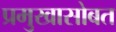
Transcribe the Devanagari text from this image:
प्रमुखासोबत